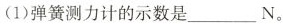
(1)弹簧测力计的示数是 ___ N。